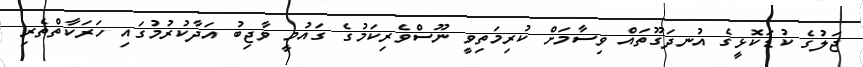
ޖަލުގެ ކުޑަކޮޅީގެ އުނދަގޫތައް ވިސާމަށް ކުރިމަތިވީ ނޫސްވެރިކަމުގެ ގައުމީ ވާޖިބު އަދާކުރުމުގައި ހަރަކާތްތެރި